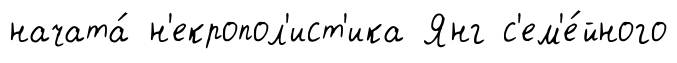
начата́ н'екропол'ист'ика Янг с'ем'е́йного